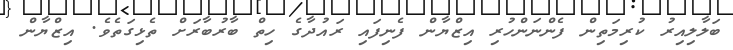
ބަލާލިއިރު ކުރިމަތިން ފެންނަންހުރި އިޒްޔާން ފެނިފައި ރައުދާގެ ހިތް ބާރުބާރަށް ތެޅިގަތެވެ. އިޒްޔާން